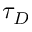
\tau _ { D }